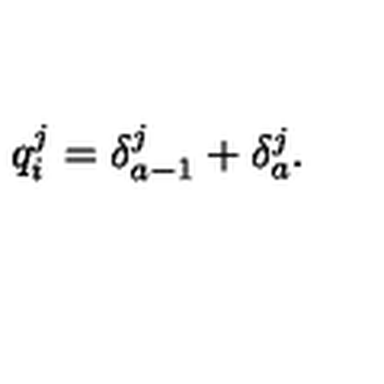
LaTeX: q _ { i } ^ { j } = \delta _ { a - 1 } ^ { j } + \delta _ { a } ^ { j } .